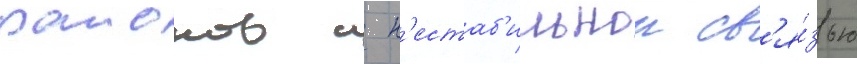
раионов с н'естаб'ильнои св'я́зью